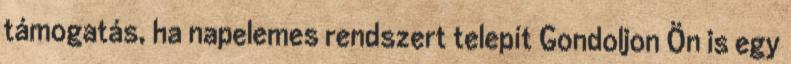
támogatás, ha napelemes rendszert telepít Gondoljon Ön is egy